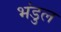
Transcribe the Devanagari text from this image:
भंडुल